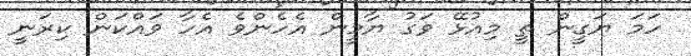
ހަމަ ޔަގީން ތީ މިއުޅޭ ވަގު ޔާމީން އެެހެންވެ އެހާ ވައްކަން ކިރަނީ